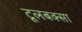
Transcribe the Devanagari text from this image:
टूलबक्सा